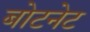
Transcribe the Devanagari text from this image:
बोटनेट